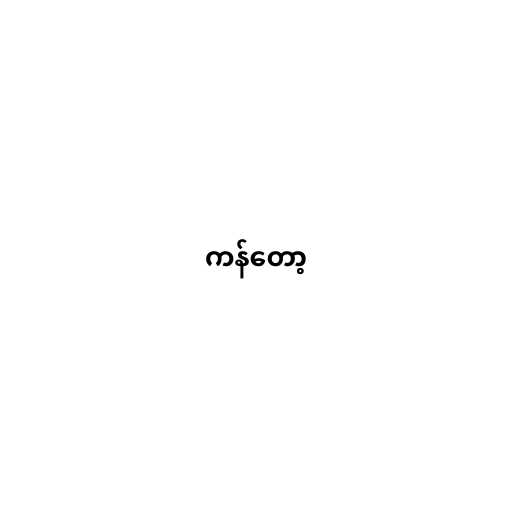
ကန်တော့